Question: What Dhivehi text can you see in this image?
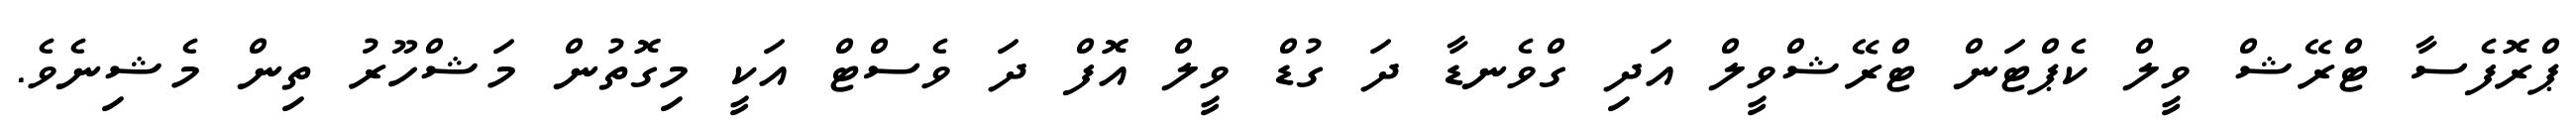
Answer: ޕްރޮފެސާ ޓްރޭޝް ވީލް ކެޕްޓަން ޓްރޭޝްވީލް އަދި ގްވެނޑާ ދަ ގުޑް ވީލް އޮފް ދަ ވެސްޓް އަކީ މިގޮތުން މަޝްހޫރު ތިން މެޝިނެވެ.